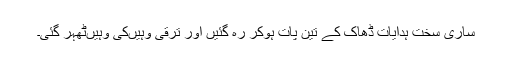
ساری سخت ہدایات ڈھاک کے تین پات ہوکر رہ گئیں اور ترقی وہیںکی وہیںٹھہر گئی۔